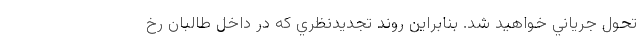
تحول جرياني خواهيد شد. بنابراين روند تجديدنظري كه در داخل طالبان رخ